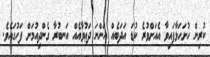
ކުރިން ހުށަހަޅާފައިވާ އެއަށްވުރެ ކުޑަ އަދަބެއް އަންނަ ދަޢުވާއެއް އަނބުރާ ގެންދިއުމަށް ފަހުގައެވެ.